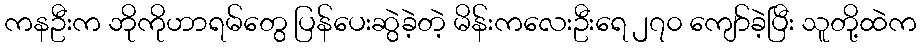
ကနဦးက ဘိုကိုဟာရမ်တွေ ပြန်ပေးဆွဲခဲ့တဲ့ မိန်းကလေးဦးရေ ၂၇၀ ကျော်ခဲ့ပြီး သူတို့ထဲက